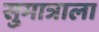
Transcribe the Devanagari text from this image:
सुमात्राला